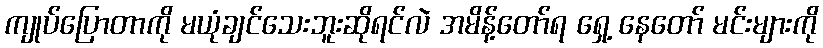
ကျုပ်ပြောတာကို မယုံချင်သေးဘူးဆိုရင်လဲ အမိန့်တော်ရ ရှေ့ နေတော် မင်းများကို